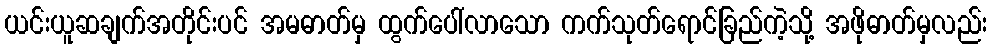
ယင်းယူဆချက်အတိုင်းပင် အမဓာတ်မှ ထွက်ပေါ်လာသော ကက်သုတ်ရောင်ခြည်ကဲ့သို့ အဖိုဓာတ်မှလည်း